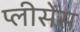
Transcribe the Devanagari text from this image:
प्लीसेंस